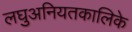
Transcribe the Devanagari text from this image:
लघुअनियतकालिके